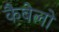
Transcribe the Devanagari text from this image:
कैबेलो